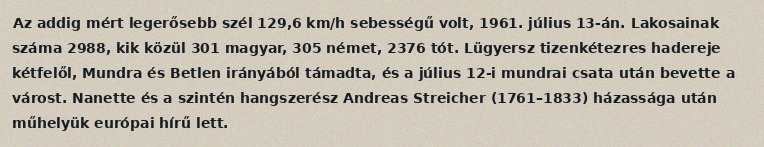
Az addig mért legerősebb szél 129,6 km/h sebességű volt, 1961. július 13-án. Lakosainak száma 2988, kik közül 301 magyar, 305 német, 2376 tót. Lügyersz tizenkétezres hadereje kétfelől, Mundra és Betlen irányából támadta, és a július 12-i mundrai csata után bevette a várost. Nanette és a szintén hangszerész Andreas Streicher (1761–1833) házassága után műhelyük európai hírű lett.